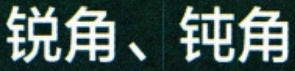
锐角、钝角